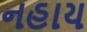
નહાય